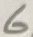
Text: 6